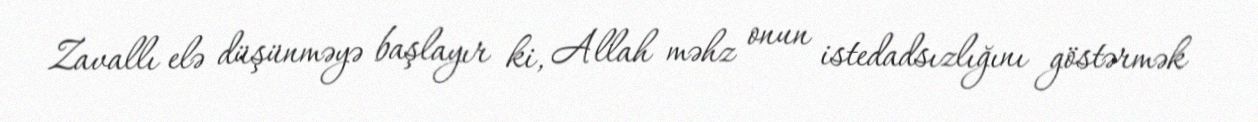
Zavallı elə düşünməyə başlayır ki, Allah məhz onun istedadsızlığını göstərmək